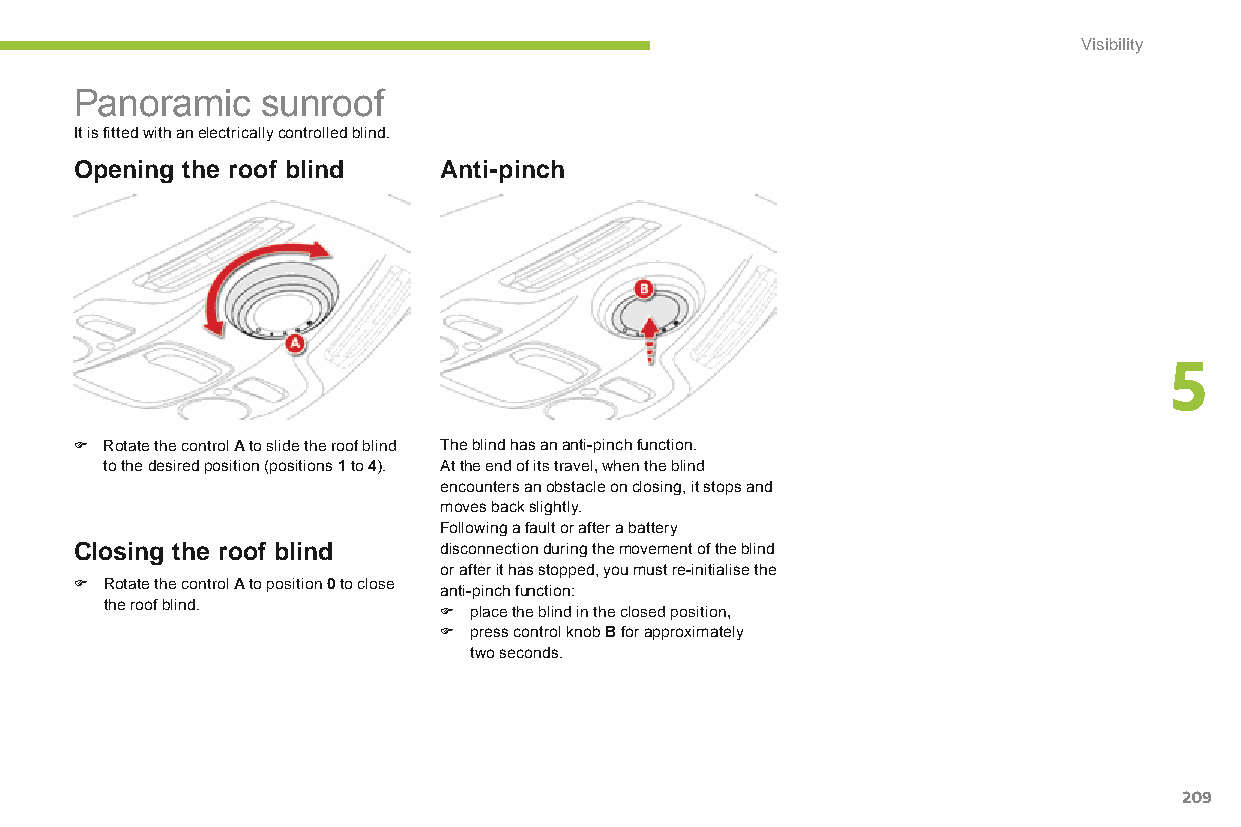
Visibility
 Panoramic   sunroof
 It is fitted with an electrically controlled blind.
 Opening the roof blind  Anti-pinch
 5
 F Rotate the control A to slide the roof blind The blind has an anti-pinch function.
 to the desired position (positions 1 to 4). at the end of its travel, when the blind
 encounters an obstacle on closing, it stops and
 moves back slightly.
 Following a fault or after a battery
 Closing the roof blind  disconnection during the movement of the blind
 or after it has stopped, you must re-initialise the
 F Rotate the control A to position 0 to close anti-pinch function:
 the roof blind.       F place the blind in the closed position,
 F press control knob B for approximately
 two seconds.
 209
 C4-Picasso-II_en_Chap05_visibilite_ed01-2015